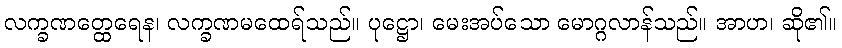
လက္ခဏတ္ထေရေန၊ လက္ခဏမထေရ်သည်။ ပုဋ္ဌော၊ မေးအပ်သော မောဂ္ဂလာန်သည်။ အာဟ၊ ဆို၏။